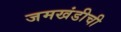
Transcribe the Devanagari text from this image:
जमखंडीची